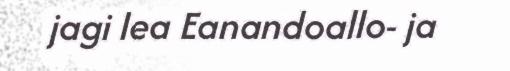
jagi lea Eanandoallo- ja